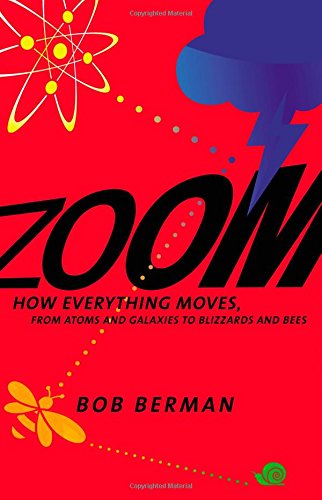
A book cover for Zoom: How Everything Moves: From Atoms and Galaxies to Blizzards and Bees; Bob Berman; Science & Math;